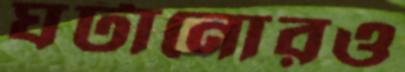
ঘটানোরও